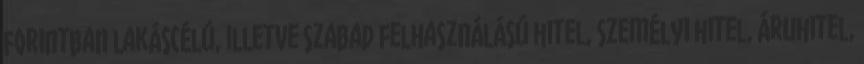
forintban lakáscélú, illetve szabad felhasználású hitel, személyi hitel, áruhitel,